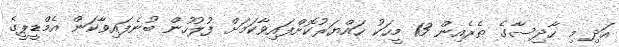
އަދި މި ހާދިސާގެ ތެރެއިން 13 މީހަކު ހައްޔަރުކޮށްފައިވާކަމަށް ފުލުހުން ބުނެފައިވާކަން އެމްޑީޕީގެ